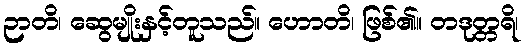
ဉာတိ၊ ဆွေမျိုးနှင့်တူသည်။ ဟောတိ၊ ဖြစ်၏။ တဒုတ္တရိ၊